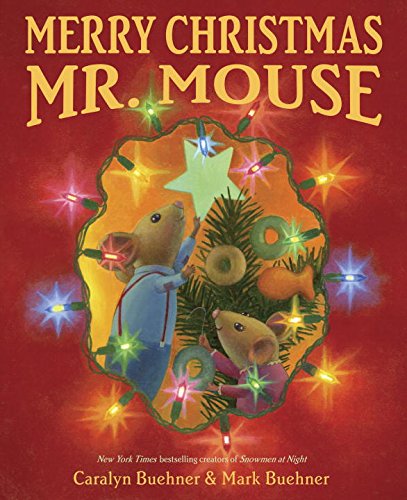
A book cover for Merry Christmas, Mr. Mouse; Caralyn Buehner; Children's Books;